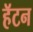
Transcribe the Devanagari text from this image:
हॅटन